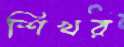
শিখর